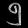
Digit: ၅